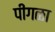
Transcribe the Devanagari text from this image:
पींगळा